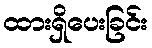
ထားရှိပေးခြင်း